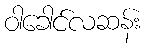
ဝါခေါင်လဆန်း